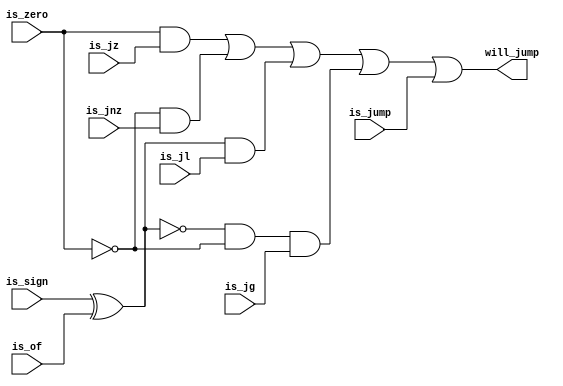
module Jumps(
	input is_jz,
	input is_jnz,
	input is_jl,
	input is_jg,
	input is_jump,
	input is_zero,
	input is_sign,
	input is_of,
	output reg will_jump
);
	wire xor_output = (is_sign ^ is_of);
	always @(*) 
	begin
		will_jump <= ((is_zero & is_jz) | (!is_zero & is_jnz) | (xor_output & is_jl) | (!xor_output & !is_zero & is_jg) | is_jump);
	end

endmodule